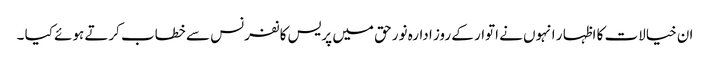
ان خیالات کا اظہا ر انہوں نے اتوار کے روز ادارہ نور حق میں پریس کانفرنس سے خطاب کرتے ہوئے کیا ۔